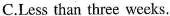
C.Less than three weeks.